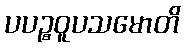
ပပဉ္စဝူပသမောတိ